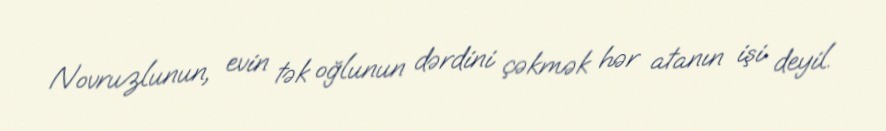
Novruzlunun, evin tək oğlunun dərdini çəkmək hər atanın işi deyil.